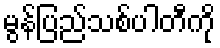
မွန်ပြည်သစ်ပါတီကို